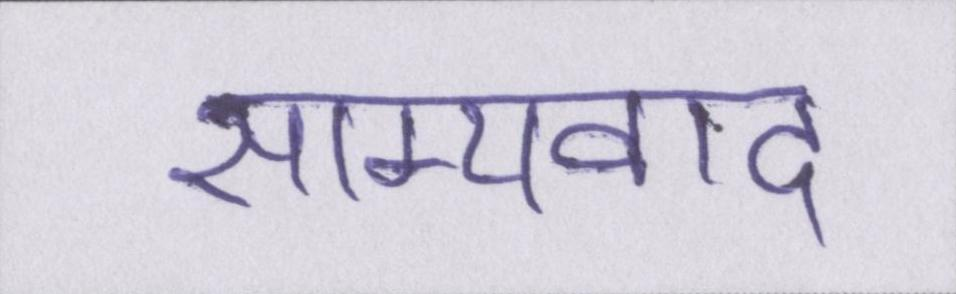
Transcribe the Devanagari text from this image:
साम्यवाद